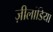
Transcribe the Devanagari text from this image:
ज़ीलांडिया